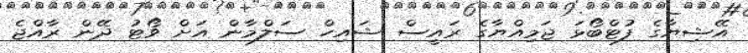
އޭޝިޔާގެ ފުޓްބޯޅަ ޖަމިއްޔާގެ ރައީސް ޝައިހް ސަލްމާން އަށް ވޯޓު ދޭން ރާއްޖެ